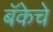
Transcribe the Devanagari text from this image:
बॅकेचे